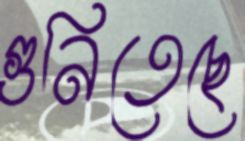
গুনিতেছে